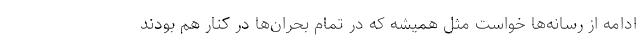
ادامه از رسانه‌ها خواست مثل همیشه که در تمام بحران‌ها در کنار هم بودند